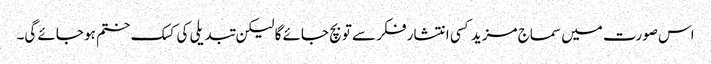
اس صورت میں سماج مزید کسی انتشار فکر سے تو بچ جائے گا لیکن تبدیلی کی کسک ختم ہو جائے گی۔